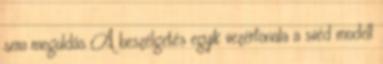
sem megoldás A beszélgetés egyik vezérfonala a svéd modell